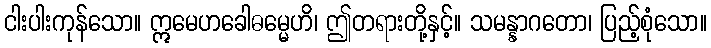
ငါးပါးကုန်သော။ ဣမေဟခေါဓမ္မေဟိ၊ ဤတရားတို့နှင့်။ သမန္နာဂတော၊ ပြည့်စုံသော။